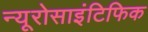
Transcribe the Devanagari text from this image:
न्यूरोसाइंटिफिक